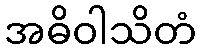
အဓိဝါသိတံ